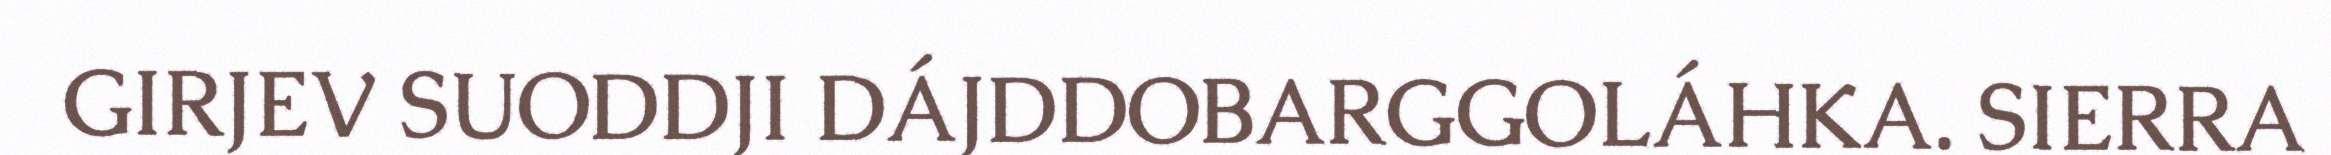
GIRJEV SUODDJI DÁJDDOBARGGOLÁHKA. SIERRA